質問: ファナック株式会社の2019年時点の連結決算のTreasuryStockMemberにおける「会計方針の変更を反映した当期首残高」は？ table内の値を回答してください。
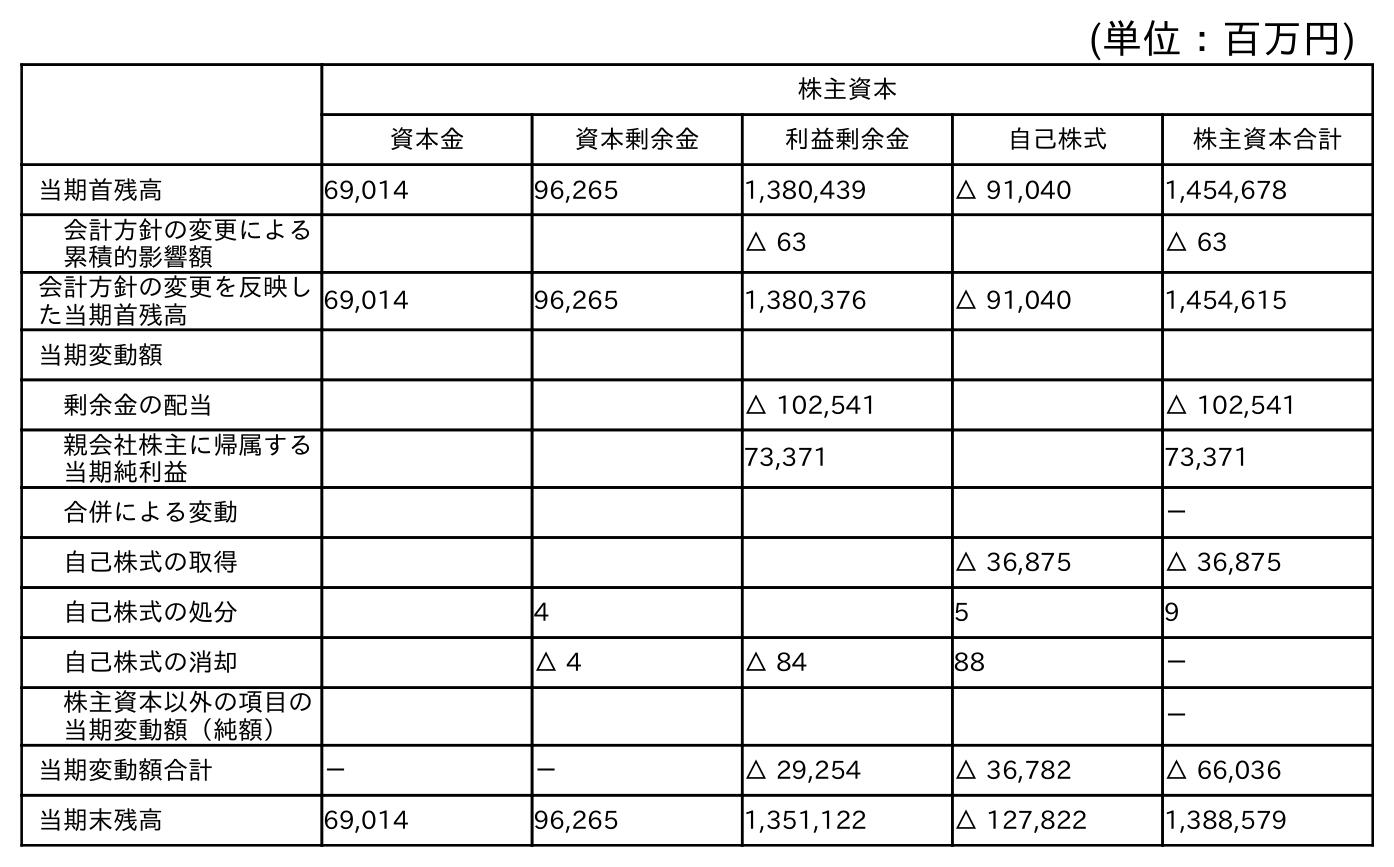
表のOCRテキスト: (単位：百万円) 株主資本 資本金 資本剰余金 利益剰余金 自己株式 株主資本合計 当期首残高 69,014 96,265 1,380,439 △ 91,040 1,454,678 会計方針の変更による 累積的影響額 △ 63 △ 63 会計方針の変更を反映し た当期首残高 69,014 96,265 1,380,376 △ 91,040 1,454,615 当期変動額 剰余金の配当 △ 102,541 △ 102,541 親会社株主に帰属する 当期純利益 73,371 73,371 合併による変動 － 自己株式の取得 △ 36,875 △ 36,875 自己株式の処分 4 5 9 自己株式の消却 △ 4 △ 84 88 － 株主資本以外の項目の 当期変動額（純額） － 当期変動額合計 － － △ 29,254 △ 36,782 △ 66,036 当期末残高 69,014 96,265 1,351,122 △ 127,822 1,388,579
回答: △91,040